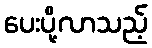
ပေးပို့လာသည့်